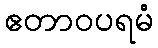
ဧတာဝပရမံ